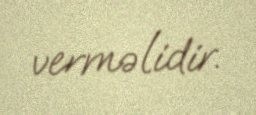
verməlidir.